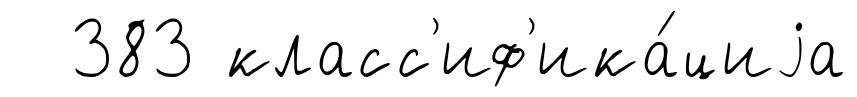
383 класс'иф'ика́циjа